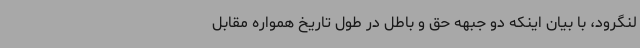
لنگرود، با بیان اینکه دو جبهه حق و باطل در طول تاریخ همواره مقابل